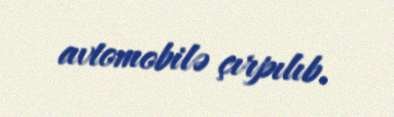
avtomobilə çırpılıb.